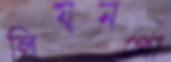
লিয়নপো